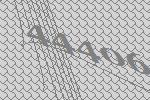
44406